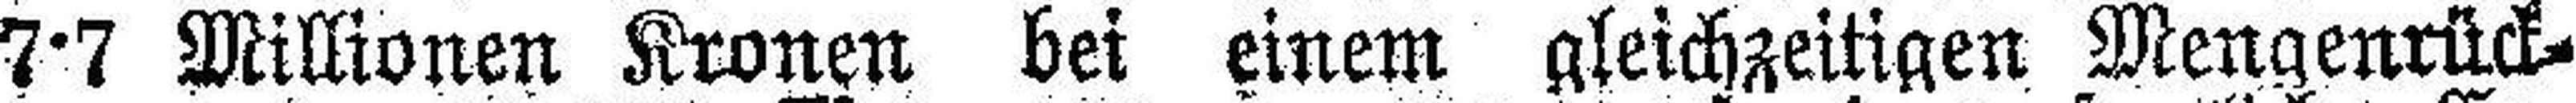
7·7 Millionen Kronen bei einem gleichzeitigen Mengenrück¬